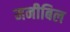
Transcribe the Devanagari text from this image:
मनीबिल